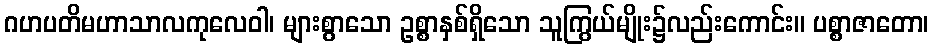
ဂဟပတိမဟာသာလကုလေဝါ၊ များစွာသော ဥစ္စာနှစ်ရှိသော သူကြွယ်မျိုး၌လည်းကောင်း။ ပစ္စာဇာတော၊